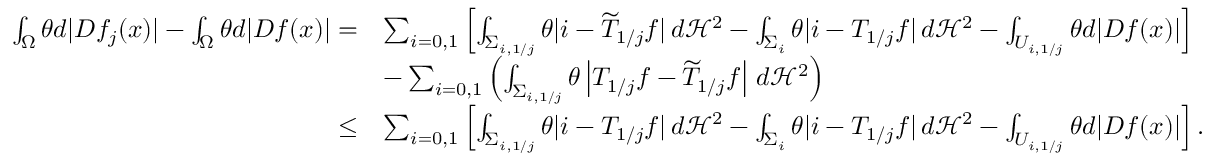
\begin{array} { r l } { \int _ { \Omega } \theta d | D f _ { j } ( x ) | - \int _ { \Omega } \theta d | D f ( x ) | = } & { \sum _ { i = 0 , 1 } \left[ \int _ { \Sigma _ { i , 1 / j } } \theta | i - \widetilde { T } _ { 1 / j } f | \, d \mathcal H ^ { 2 } - \int _ { \Sigma _ { i } } \theta | i - T _ { 1 / j } f | \, d \mathcal H ^ { 2 } - \int _ { U _ { i , 1 / j } } \theta d | D f ( x ) | \right] } \\ & { - \sum _ { i = 0 , 1 } \left( \int _ { \Sigma _ { i , 1 / j } } \theta \left| T _ { 1 / j } f - \widetilde { T } _ { 1 / j } f \right| \, d \mathcal H ^ { 2 } \right) } \\ { \leq } & { \sum _ { i = 0 , 1 } \left[ \int _ { \Sigma _ { i , 1 / j } } \theta | i - T _ { 1 / j } f | \, d \mathcal H ^ { 2 } - \int _ { \Sigma _ { i } } \theta | i - T _ { 1 / j } f | \, d \mathcal H ^ { 2 } - \int _ { U _ { i , 1 / j } } \theta d | D f ( x ) | \right] . } \end{array}